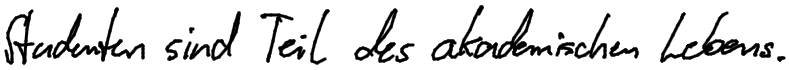
Studenten sind Teil des akademischen Lebens.